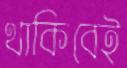
থাকিবেই